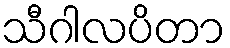
သီဂါလပိတာ